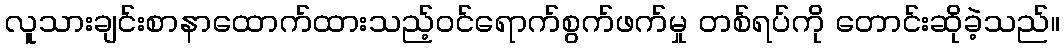
လူသားချင်းစာနာထောက်ထားသည့်ဝင်ရောက်စွက်ဖက်မှု တစ်ရပ်ကို တောင်းဆိုခဲ့သည်။